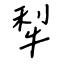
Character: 犁